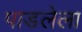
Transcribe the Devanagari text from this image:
पाडलेला